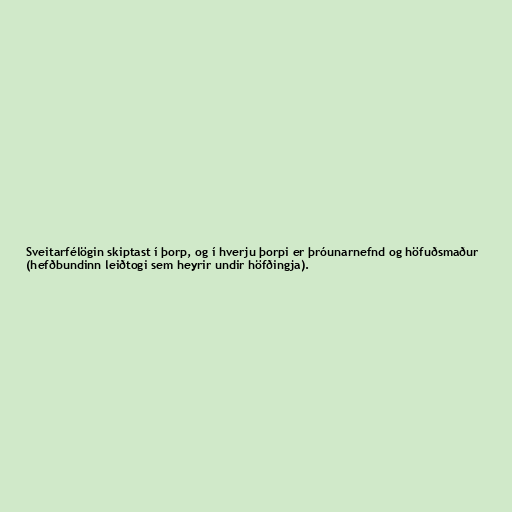
Sveitarfélögin skiptast í þorp, og í hverju þorpi er þróunarnefnd og höfuðsmaður
(hefðbundinn leiðtogi sem heyrir undir höfðingja).